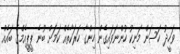
ވަހީދު ހަސަން މަނިކު ހުންނަވައިގެން ހިންގާ ހަރަކާތެއް ކަމަށް ބުނެ ޕީޕީއެމްގެ ބައެއް